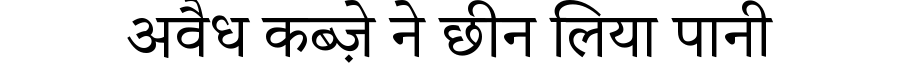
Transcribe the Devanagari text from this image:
अवैध कब्ज़े ने छीन लिया पानी